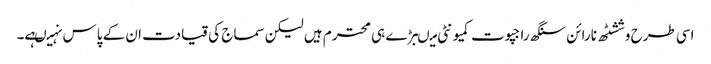
اسی طرح وششٹھ نارائن سنگھ راجپوت کمیونٹی میںبڑے ہی محترم ہیں لیکن سماج کی قیادت ا ن کے پاس نہیںہے۔